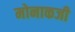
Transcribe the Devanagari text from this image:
मोनाकजी